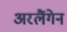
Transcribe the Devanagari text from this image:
अरलैंगेन